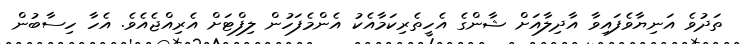
ތަދުވެ އަނިޔާވެފައިވާ އާދިލާއަށް ޝާންގެ އެހީތެރިކަމާއެކު އެންމެފަހުން ލިފްޓަށް އެރިއްޖެއެވެ. އެހާ ހިސާބުން